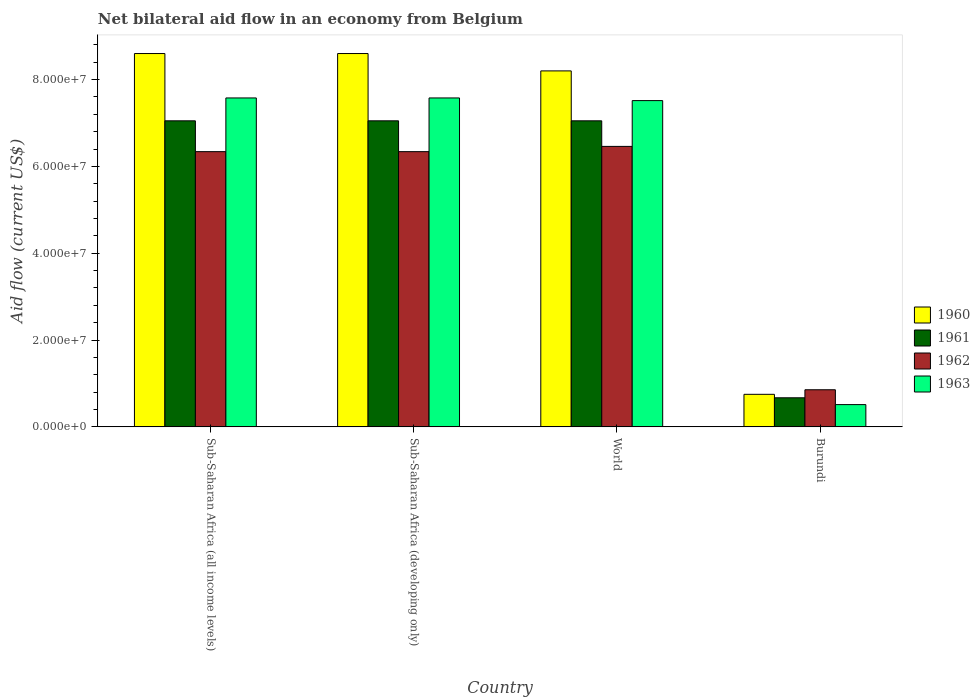
| Country | 1960 | 1961 | 1962 | 1963 |
 | --- | --- | --- | --- | --- |
 | Sub-Saharan Africa (all income levels) | 8.6e+07 | 7.05e+07 | 6.34e+07 | 7.58e+07 |
 | Sub-Saharan Africa (developing only) | 8.6e+07 | 7.05e+07 | 6.34e+07 | 7.58e+07 |
 | World | 8.2e+07 | 7.05e+07 | 6.46e+07 | 7.52e+07 |
 | Burundi | 7.5e+06 | 6.7e+06 | 8.55e+06 | 5.13e+06 |